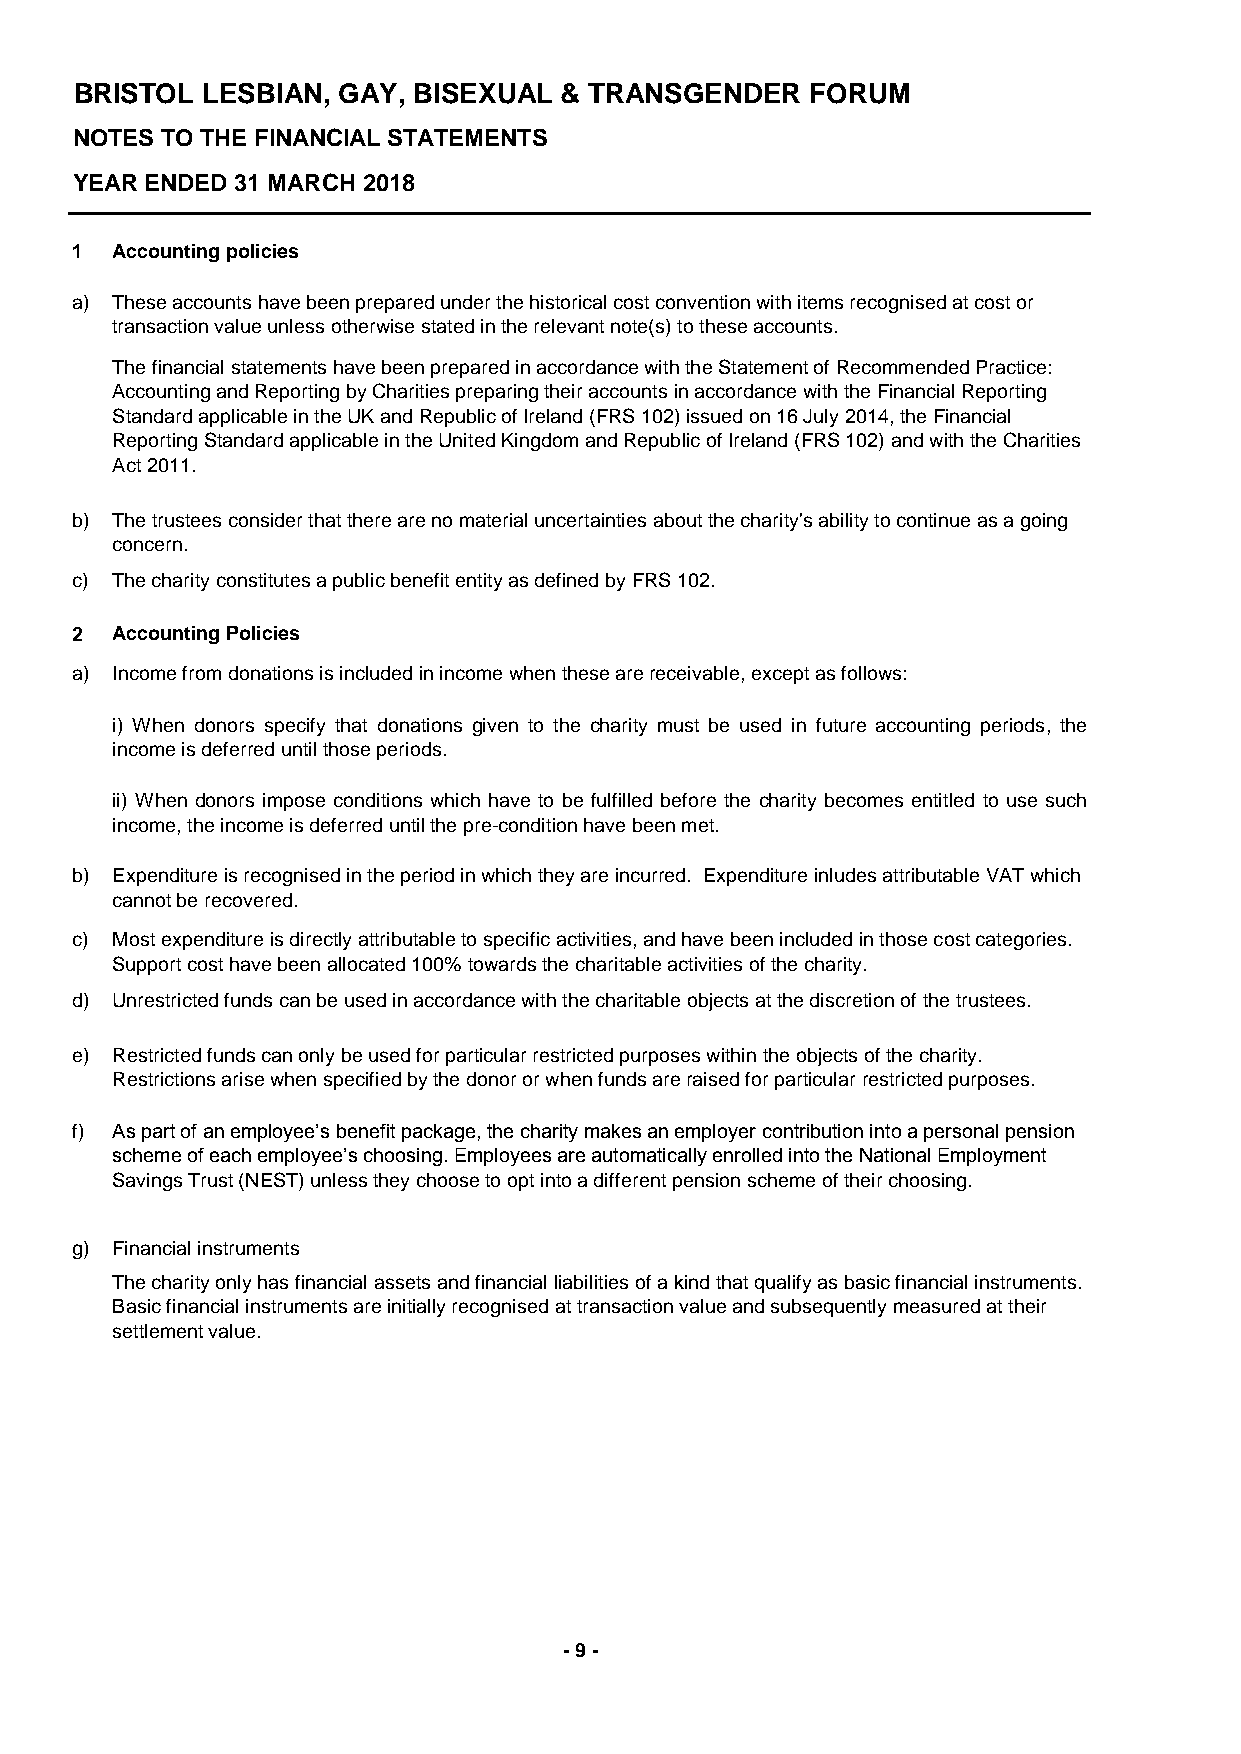
BRISTOL LESBIAN, GAY, BISEXUAL  & TRANSGENDER    FORUM
 NOTES TO THE FINANCIAL STATEMENTS
 YEAR ENDED 31 MARCH 2018
 1 Accounting policies
 a) These accounts have been prepared under the historical cost convention with items recognised at cost or
 transaction value unless otherwise stated in the relevant note(s) to these accounts.
 The financial statements have been prepared in accordance with the Statement of Recommended Practice:
 Accounting and Reporting by Charities preparing their accounts in accordance with the Financial Reporting
 Standard applicable in the UK and Republic of Ireland (FRS 102) issued on 16 July 2014, the Financial
 Reporting Standard applicable in the United Kingdom and Republic of Ireland (FRS 102) and with the Charities
 Act 2011.
 b) The trustees consider that there are no material uncertainties about the charity's ability to continue as a going
 concern.
 c) The charity constitutes a public benefit entity as defined by FRS 102.
 2 Accounting Policies
 a) Income from donations is included in income when these are receivable, except as follows:
 i) When donors specify that donations given to the charity must be used in future accounting periods, the
 income is deferred until those periods.
 ii) When donors impose conditions which have to be fulfilled before the charity becomes entitled to use such
 income, the income is deferred until the pre-condition have been met.
 b) Expenditure is recognised in the period in which they are incurred. Expenditure inludes attributable VAT which
 cannot be recovered.
 c) Most expenditure is directly attributable to specific activities, and have been included in those cost categories.
 Support cost have been allocated 100% towards the charitable activities of the charity.
 d) Unrestricted funds can be used in accordance with the charitable objects at the discretion of the trustees.
 e) Restricted funds can only be used for particular restricted purposes within the objects of the charity.
 Restrictions arise when specified by the donor or when funds are raised for particular restricted purposes.
 f) As part of an employee’s benefit package, the charity makes an employer contribution into a personal pension
 scheme of each employee’s choosing. Employees are automatically enrolled into the National Employment
 Savings Trust (NEST) unless they choose to opt into a different pension scheme of their choosing.
 g) Financial instruments
 The charity only has financial assets and financial liabilities of a kind that qualify as basic financial instruments.
 Basic financial instruments are initially recognised at transaction value and subsequently measured at their
 settlement value.
 - 9 -